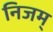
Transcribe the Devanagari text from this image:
निजम्